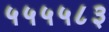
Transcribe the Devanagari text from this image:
५५५५८३